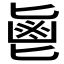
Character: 𱆊